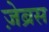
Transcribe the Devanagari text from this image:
ज़ेब्रस